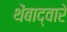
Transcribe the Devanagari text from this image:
थेंबाद्वारे